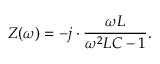
Z ( \omega ) = - j \cdot { \frac { \omega L } { \omega ^ { 2 } L C - 1 } } .